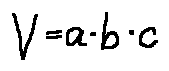
V = a \cdot b \cdot c